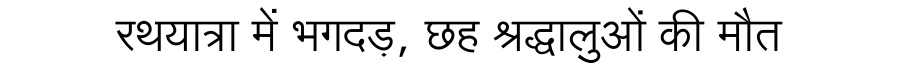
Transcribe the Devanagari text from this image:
रथयात्रा में भगदड़, छह श्रद्धालुओं की मौत